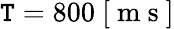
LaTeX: \mathtt{T}=800~[\mathrm{{~m~s~}}]